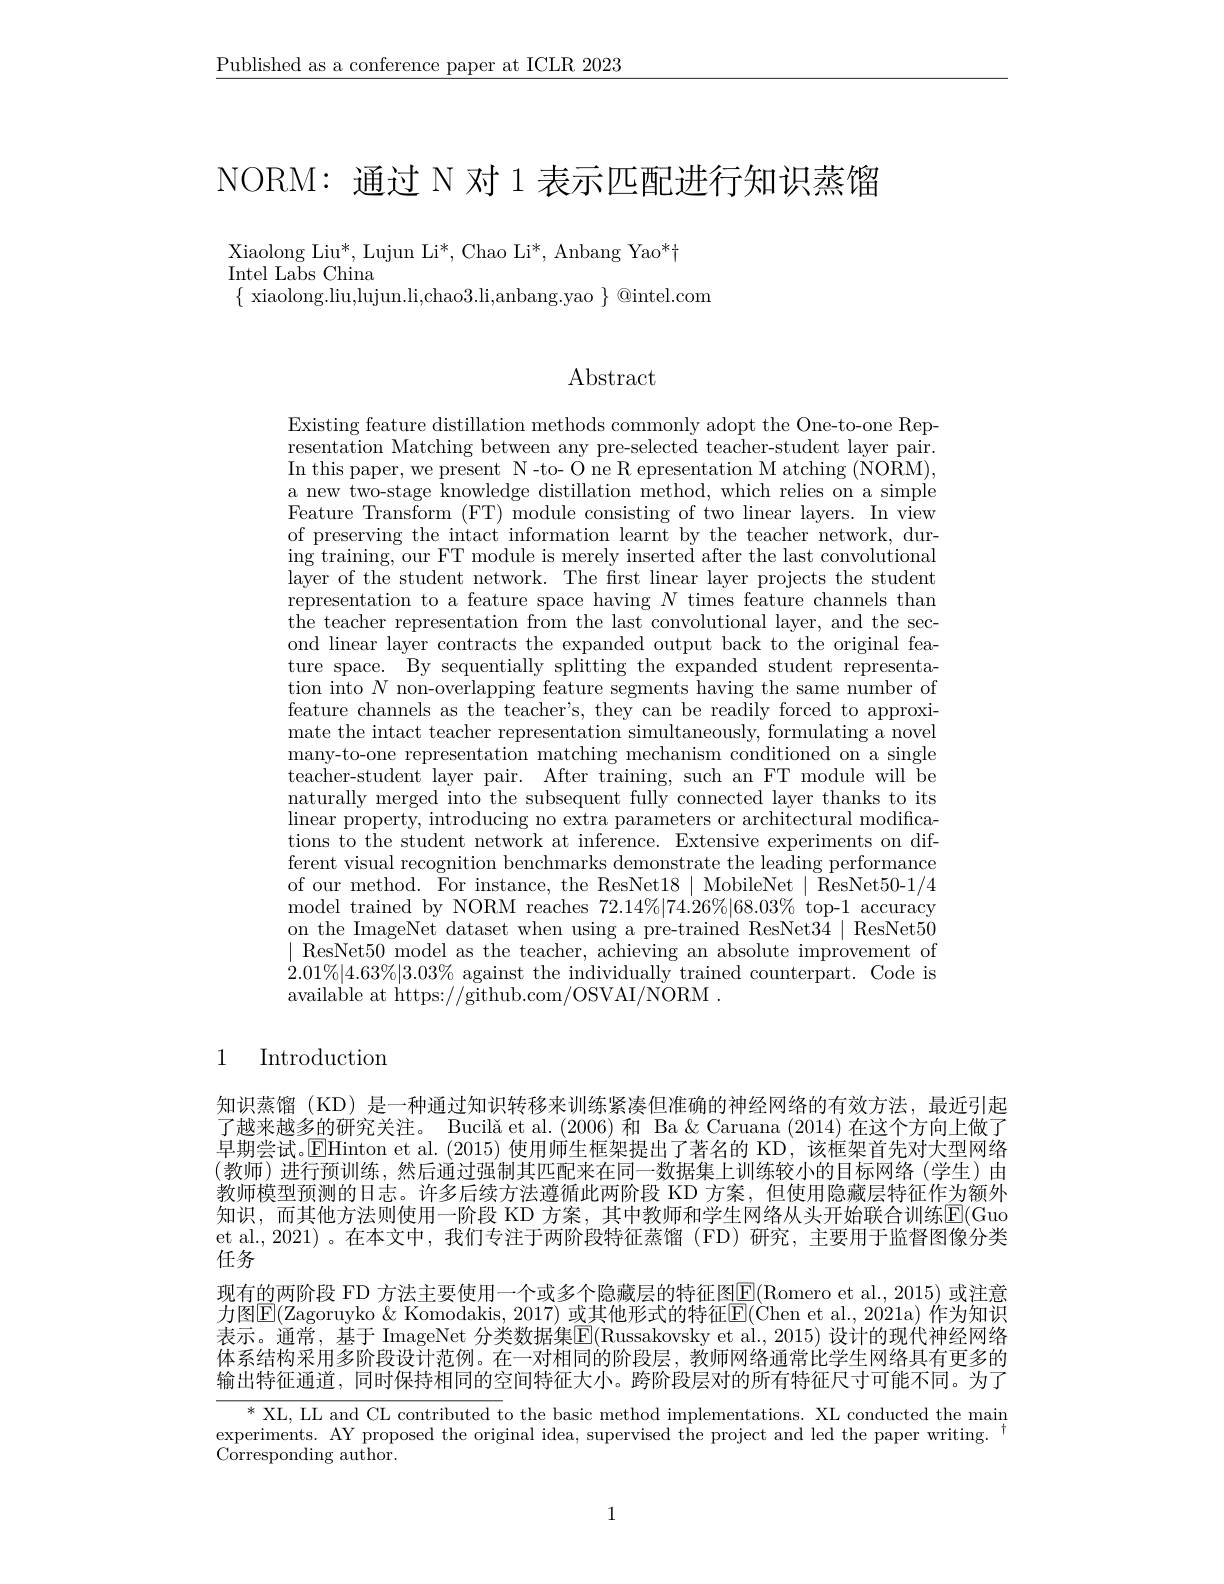
$\underline{\text{Published as a conference paper at ICLR 2023}}$

NORM: 通过 N 对 1 表示匹配进行知识蒸馏

Xiaolong Liu*, Lujun Li*, Chao Li*, Anbang Yao*t
Intel Labs China
$\{$ xiaolong.liu,lujun.li,chao3.li,anbang.yao $\}$ @intel.com

Abstract

Existing feature distillation methods commonly adopt the One-to-one Representation Matching between any pre-selected teacher-student layer pair. In this paper, we present N-to- O ne R epresentation M atching (NORM), a new two-stage knowledge distillation method, which relies on a simple Feature Transform (FT) module consisting of two linear layers. In view of preserving the intact information learnt by the teacher network, dur- $\operatorname{ing}$ training, our FT module is merely inserted after the last convolutional layer of the student network. The first linear layer projects the student representation to a feature space having $N$ times feature channels than the teacher representation from the last convolutional layer, and the second linear layer contracts the expanded output back to the original feature space. By sequentially splitting the expanded student representation into $N$ non-overlapping feature segments having the same number of feature channels as the teacher's, they can be readily forced to approximate the intact teacher representation simultaneously, formulating a novel many-to-one representation matching mechanism conditioned on a single teacher-student layer pair. After training, such an FT module will be naturally merged into the subsequent fully connected layer thanks to its linear property, introducing no extra parameters or architectural modifications to the student network at inference. Extensive experiments on different visual recognition benchmarks demonstrate the leading performance of our method. For instance, the ResNet18 | MobileNet | ResNet50-1/4 model trained by NORM reaches $72.14\%|74.26\%|68.03\%$ top-1 accuracy on the ImageNet dataset when using a pre-trained ResNet34 | ResNet50 $\mid$ResNet50 model as the teacher, achieving an absolute improvement of $2.01\%|4.63\%|3.03\%$ against the individually trained counterpart. Code is available at https://github.com/OSVAI/NORM~.

### 1 Introduction

知识蒸馏(KD) 是一种通过知识转移来训练紧凑但准确的神经网络的有效方法，最近引起了越来越多的研究关注。Bucilă et al.(2006) 和 Ba &Caruana (2014) 在这个方向上做了早期尝试。$\overline{\mathrm{E}}$Hinton et al.(2015)使用师生框架提出了著名的 KD,该框架首先对大型网络(教师)进行预训练，然后通过强制其匹配来在同一数据集上训练较小的目标网络(学生)由教师模型预测的日志。许多后续方法遵循此两阶段 KD 方案，但使用隐藏层特征作为额外知识，而其他方法则使用一阶段 KD 方案，其中教师和学生网络从头开始联合训练$\mathbb{E}($Guo et al., 2021) 。在本文中，我们专注于两阶段特征蒸馏 (FD) 研究，主要用于监督图像分类任务
现有的两阶段 FD 方法主要使用一个或多个隐藏层的特征图$\boxed{\mathrm{E}}($Romero et al., 2015) 或注意力图$\boxed{\mathrm{E}}($Zagoruyko & Komodakis, 2017) 或其他形式的特征$\boxed{\mathrm{E}}($Chen et al., 2021a) 作为知识表示。通常，基于 ImageNet 分类数据集$\overline{\mathbb{E}}($Russakovsky et al., 2015) 设计的现代神经网络体系结构采用多阶段设计范例。在一对相同的阶段层，教师网络通常比学生网络具有更多的输出特征通道，同时保持相同的空间特征大小。跨阶段层对的所有特征尺寸可能不同。为了
$\overline{*\mathrm{~XL,~LL~and~CL~contributed~to~the~basic~method~implementations.~XL~conducted~the~main}}$

experiments. AY proposed the original idea, supervised the project and led the paper writing.
Corresponding author.

1